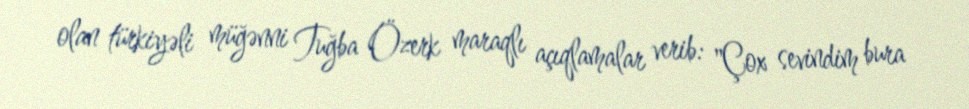
olan türkiyəli müğənni Tuğba Özerk maraqlı açıqlamalar verib: "Çox sevindim bura